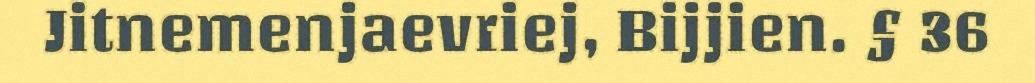
Jitnemenjaevriej, Bijjien. § 36